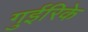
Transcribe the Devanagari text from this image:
गुईरिके